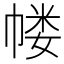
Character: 𰏜